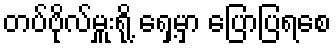
တပ်ဗိုလ်မှူးရို့ ရှေ့မှာ ပြောပြရစေ